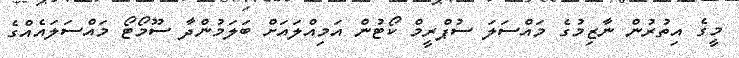
މީގެ އިތުރުން ނާޒިމުގެ މައްސަލަ ސުޕްރީމް ކޯޓުން އަމިއްލައަށް ބަލަމުންދާ ސޫމޯޓޯ މައްސަލައެއްގެ